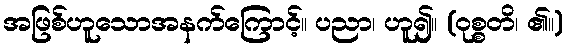
အဖြစ်ဟူသောအနက်ကြောင့်။ ပညာ၊ ဟူ၍။ (ဝုစ္စတိ၊ ၏။)